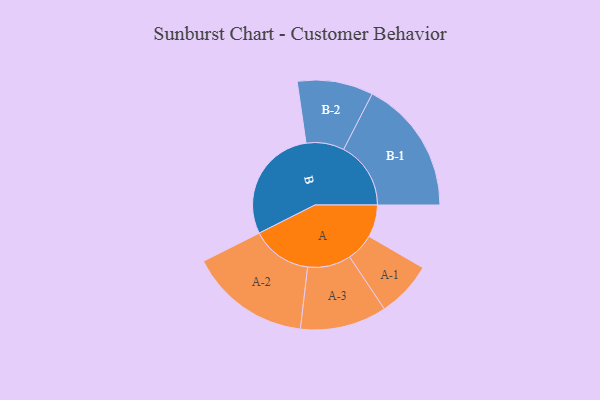
{"axis": {"x": "Segment", "y": "Value"}, "legend": ["", "A", "B"], "data": [{"x": "A", "y": 120, "type": ""}, {"x": "B", "y": 432, "type": ""}, {"x": "A-1", "y": 104, "type": "A"}, {"x": "A-2", "y": 225, "type": "A"}, {"x": "A-3", "y": 161, "type": "A"}, {"x": "B-1", "y": 250, "type": "B"}, {"x": "B-2", "y": 141, "type": "B"}]}